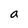
Character: a